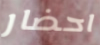
احضار